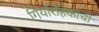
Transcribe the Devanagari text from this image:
गिर्यारोहकांची